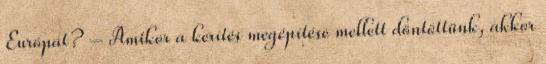
Európát? – Amikor a kerítés megépítése mellett döntöttünk, akkor